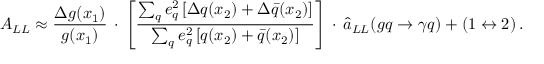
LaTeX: A _ { L L } \approx \frac { \Delta g ( x _ { 1 } ) } { g ( x _ { 1 } ) } \, \cdot \, \Bigg [ \frac { \sum _ { q } e _ { q } ^ { 2 } \left[ \Delta q ( x _ { 2 } ) + \Delta \bar { q } ( x _ { 2 } ) \right] } { \sum _ { q } e _ { q } ^ { 2 } \left[ q ( x _ { 2 } ) + \bar { q } ( x _ { 2 } ) \right] } \Bigg ] \, \cdot \, \hat { a } _ { L L } ( g q \rightarrow \gamma q ) + ( 1 \leftrightarrow 2 ) \, .